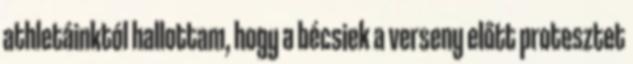
athletáinktól hallottam, hogy a bécsiek a verseny előtt protesztet